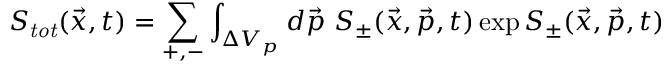
S _ { \mathit { t o t } } ( \vec { x } , t ) = \sum _ { + , - } \int _ { \Delta V _ { { p } } } d \vec { p } \ S _ { \pm } ( \vec { x } , \vec { p } , t ) \exp { S _ { \pm } } ( \vec { x } , \vec { p } , t )